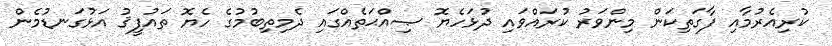
ކުރިއެރުމާއި ފާގަތިކަން މިންވަރު ކުރައްވައި ދުޅަހެޔޮ ޞިއްޙަތެއްގައި ދެމިތިބުމުގެ ހެޔޮ ތައުފީޤު އަޅުގަނޑުމެން